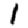
Digit: 1